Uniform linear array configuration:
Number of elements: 24
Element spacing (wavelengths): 0.5
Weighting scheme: hann
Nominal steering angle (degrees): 30
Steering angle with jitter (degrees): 31.883
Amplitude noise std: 0.05
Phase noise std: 0.05

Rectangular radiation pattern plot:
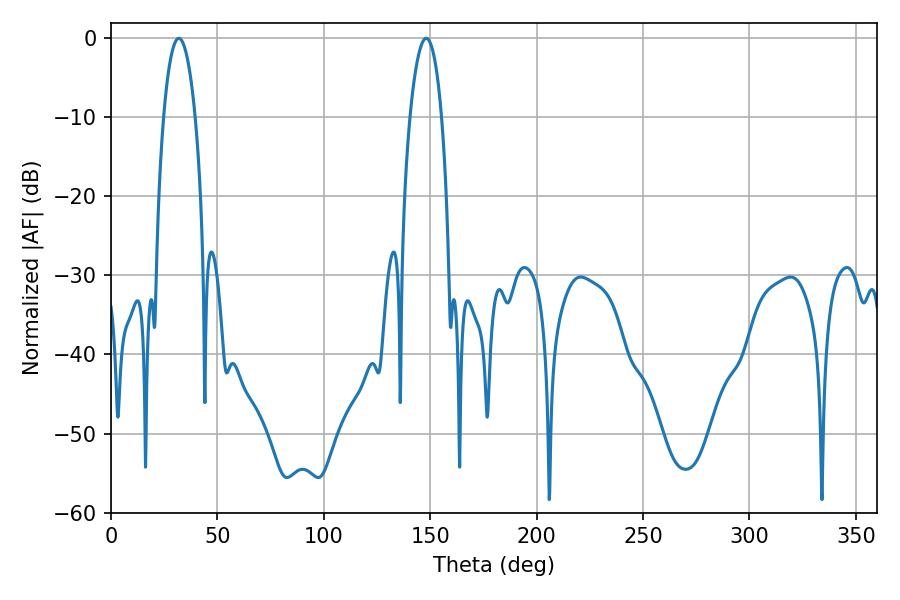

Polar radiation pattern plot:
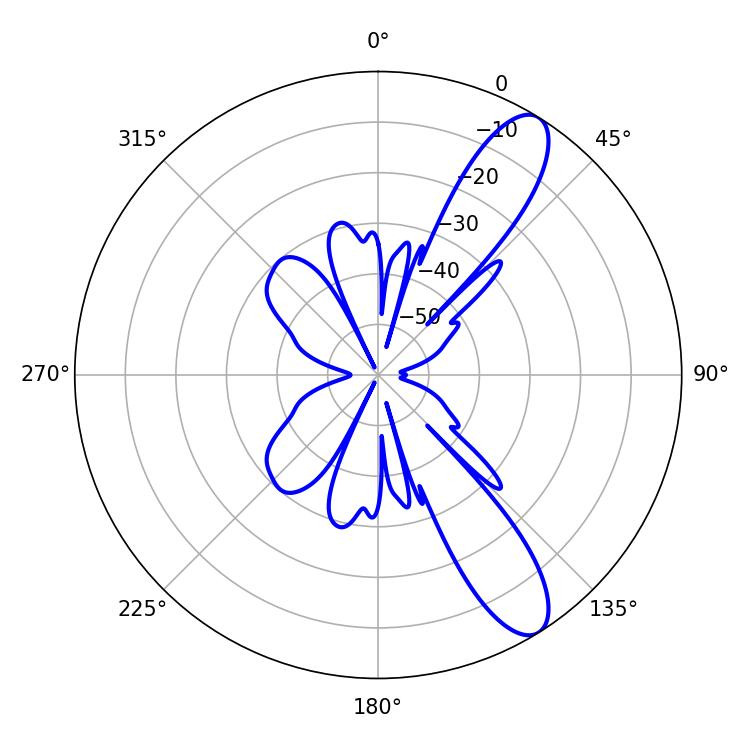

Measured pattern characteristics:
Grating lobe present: FALSE
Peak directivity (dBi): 10.888
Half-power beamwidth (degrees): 8.46
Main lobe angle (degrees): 31.86